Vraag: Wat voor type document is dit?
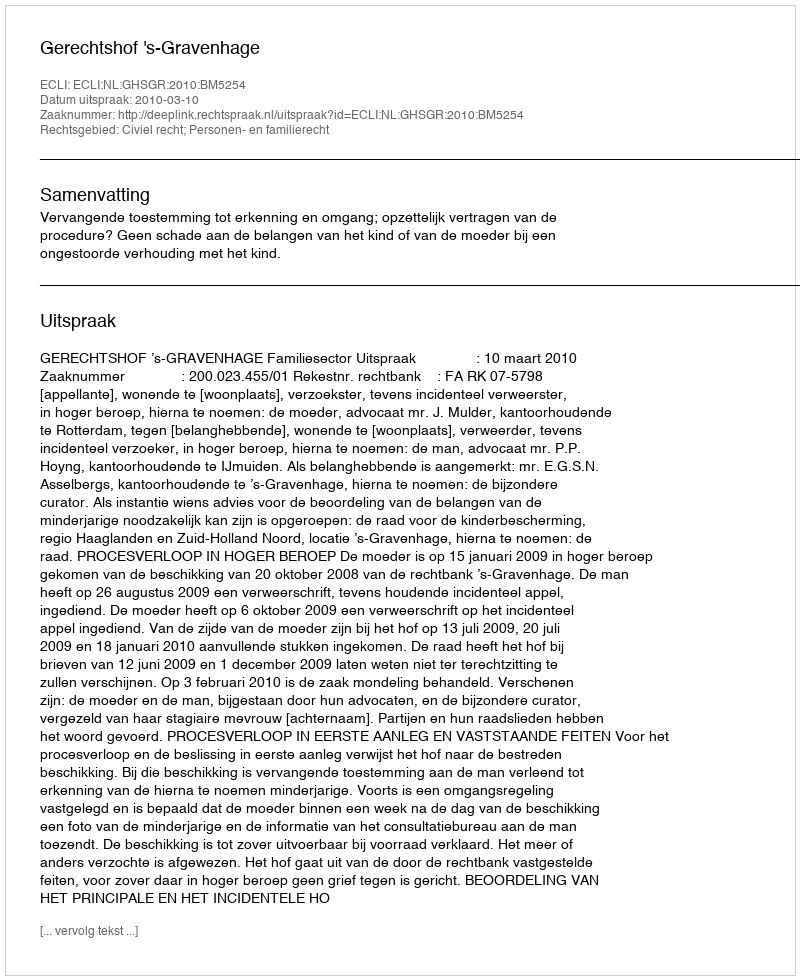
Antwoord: Uitspraak